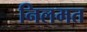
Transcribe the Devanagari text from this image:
निलमत